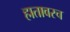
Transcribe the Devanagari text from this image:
हातावरच